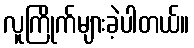
လူကြိုက်များခဲ့ပါတယ်။